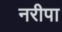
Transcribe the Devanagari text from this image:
नरीपा